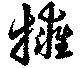
擁